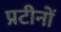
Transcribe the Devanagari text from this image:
प्रटीनों